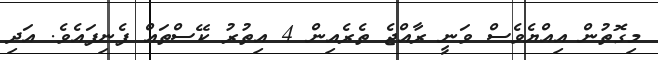
މިގޮތުން އިއްޔެވެސް ވަނީ ރާއްޖެ ތެރެއިން 4 އިތުރު ކޭސްތައް ފެނިފައެވެ. އަދި